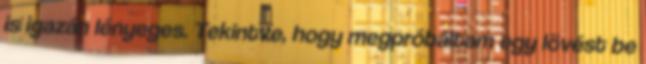
is igazán lényeges. Tekintve, hogy megpróbáltam egy lövést be